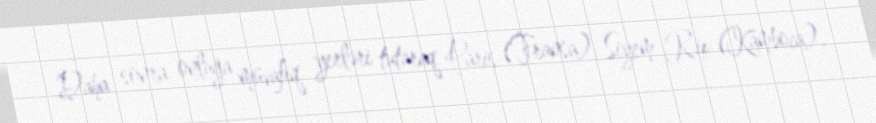
Daha sonra onluğa müvafiq yerləri tutaraq Paris (Fransa), Siyem Rip (Kamboca),